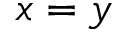
x = y